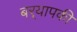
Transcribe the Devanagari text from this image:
बर्‍यापकी